Vaccine operations Central Provinces 1868-1885 - 1868-1885
Year: 1868
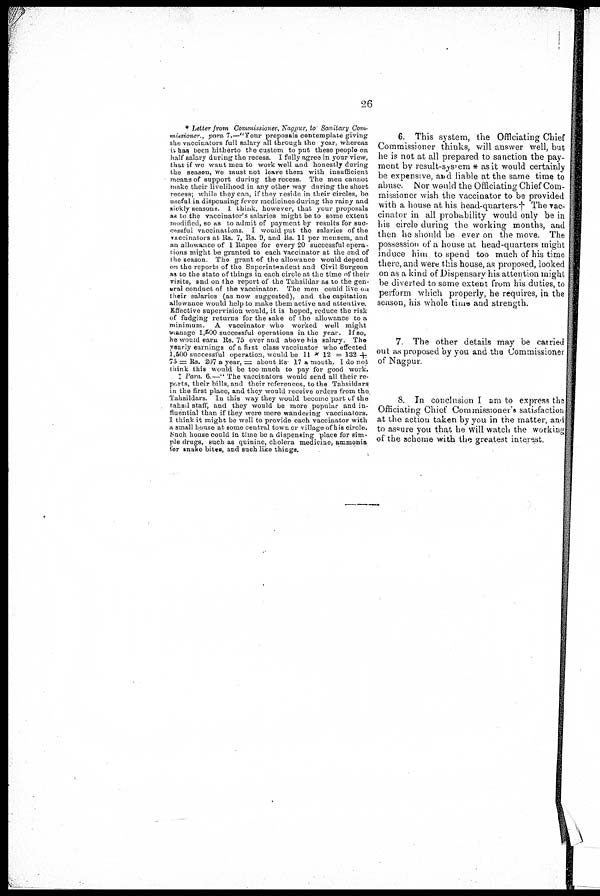
26
* Letter from Commissioner, Nagpur, to Sanitary Com-
missioner , para 7.—"Your proposals contemplate giving
the vaccinators full salary all through the year, whereas
it has. been hitherto the custom to put these people on
half salary during the recess. I fully agree in your view,
that if we want men to work well and honestly during
the season, we must not leave them with insufficient
means of support during the recess. The men cannot
make their livelihood in any other way during the short
recess; while they can, if they reside in their circles, be
useful in dispensing fever medicines during the rainy and
sickly seasons. I think, however, that your proposals
as to the vaccinator's salaries might be to some extent
modified, so as to admit of payment by results for suc-
cessful vaccinations. I would put the salaries of the
vaccinators at Rs. 7, Rs. 9, and Rs 11 per mensem, and
an allowance of 1 Rupee for every 20 successful opera ¬
tions might be granted to each vaccinator at the end of
the season The grant of the allowance would depend
on the reports of the Superintendent and Civil Surgeon
as to the state of things in each circle at the time of their
visits, and on the report of the Tahsildar as to the gen¬
eral conduct of the vaccinator. The men could live on
their salaries (as now suggested), and the capitation
allowance would help to make them active and attentive.
Effective supervision would, it is hoped, reduce the risk
of fudging returns for the sake of the allowance to a
minimum. A vaccinator who worked well might
manage 1,500 successful operations in the year. If so,
he would earn Rs. 75 over and above his salary. The
yearly earnings of a first class vaccinator who effected
1,500 successful operation, would be 11 x 12 = 132 +
75 = Rs. 207 a year, = about Rs. 17 a month. I do not
think this would be too much to pay for good work.
† Para. 6 —" The vaccinators would send all their re-
ports, their bills, and their references, to the Tahsildars
in the first place, and they would receive orders from the
Tahsildars In this way they would become part of the
tahsil staff, and they would be more popular and in-
fluential than if they were mere wandering vaccinators.
I think it might be well to provide each vaccinator with
a small house at some central town or village of his circle.
Such house could in time be a dispensing place for sim-
ple drugs, such as quinine, cholera medicine, ammonia
per snake bites, and such like things.
6. This system, the Officiating Chief
Commissioner thinks, will answer well, but
he is not at all prepared to sanction the pay-
ment by result-system* as it would certainly
be expensive, and liable at the same time to
abuse. Nor would the Officiating Chief Com-
missioner wish the vaccinator to be provided
with a house at his head-quarters † The vac-
cinator in all probability would only be in
his circle during the working months, and
then he should be ever on the move. The
possession of a house at head-quarters might
induce him to spend too much of his time
there, and were this house, as proposed, looked
on as a kind of Dispensary his attention might
be diverted to some extent from his duties, to
perform which properly, he requires, in the
season, his whole time and strength.
7. The other details may be carried
out as proposed by you and the Commissioner
of Nagpur
8. In conclusion I am to express the
Officiating Chief Commissioner's satisfaction
at the action taken by you in the matter, and
to assure you that he will watch the working
of the scheme with the greatest interest.